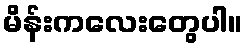
မိန်းကလေးတွေပါ။